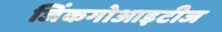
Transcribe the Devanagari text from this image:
जिंकगोआइटीज